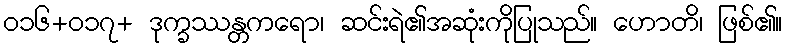
ဝ၁၆+၀၁၇+ ဒုက္ခဿန္တကရော၊ ဆင်းရဲ၏အဆုံးကိုပြုသည်။ ဟောတိ၊ ဖြစ်၏။